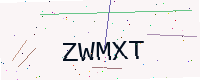
Text: ZWMXT